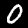
Label: 0